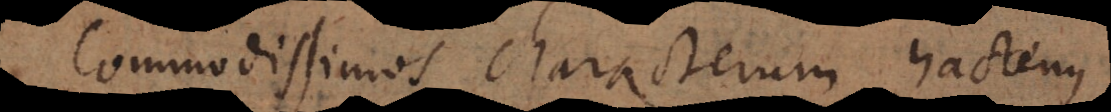
Commodissimos characterum hactenus